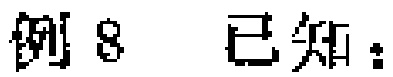
例8 已知：